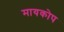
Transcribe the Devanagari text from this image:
मायकोप